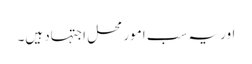
اور یہ سب امور محل اجتہاد ہیں۔